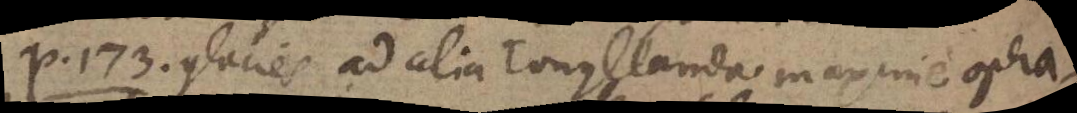
P. 173. glacies ad alia congelanda maxime opera-